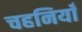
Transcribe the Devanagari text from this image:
चहनियाँ